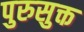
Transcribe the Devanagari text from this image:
पुरुसुक्त